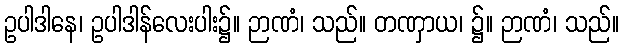
ဥပါဒါနေ၊ ဥပါဒါန်လေးပါး၌။ ဉာဏံ၊ သည်။ တဏှာယ၊ ၌။ ဉာဏံ၊ သည်။